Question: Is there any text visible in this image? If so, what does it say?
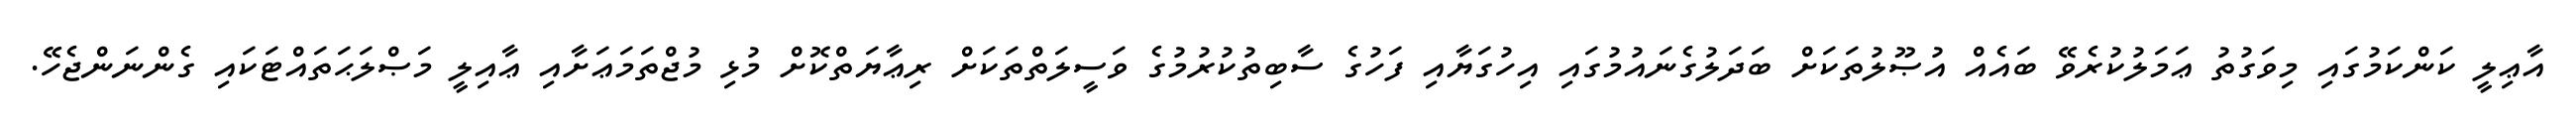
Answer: އާޢިލީ ކަންކަމުގައި މިވަގުތު ޢަމަލުކުރެވޭ ބައެއް އުޞޫލުތަކަށް ބަދަލުގެނައުމުގައި އިހުގަޔާއި ފަހުގެ ސާބިތުކުރުމުގެ ވަސީލަތްތަކަށް ރިޢާޔަތްކޮށް މުޅި މުޖްތަމަޢަށާއި ޢާއިލީ މަޞްލަޙަތައްޓަކައި ގެންނަންޖެހޭ.